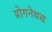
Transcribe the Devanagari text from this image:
प्रोगनेथस